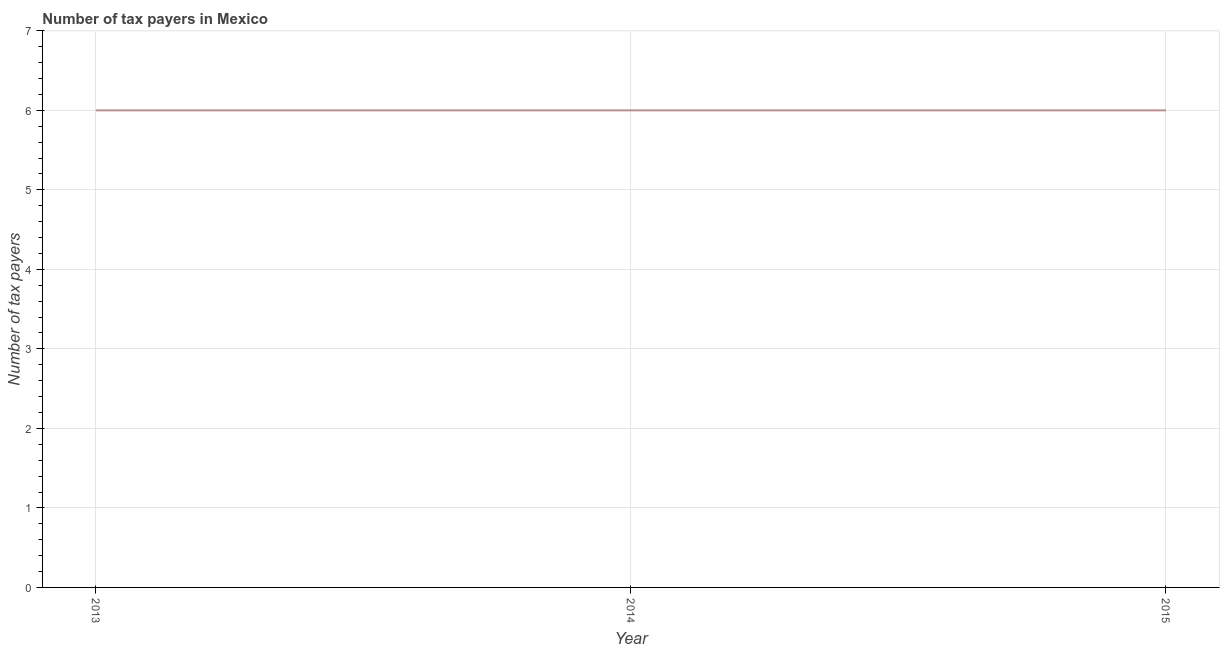
| Year | Tax payments |
 | --- | --- |
 | 2013 | 6 |
 | 2014 | 6 |
 | 2015 | 6 |